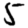
Digit: 5